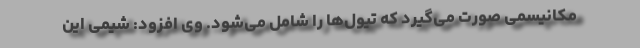
مکانیسمی صورت می‌گیرد که تیول‌ها را شامل می‌شود. وی افزود: شیمی این